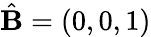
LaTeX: \hat{\mathbf{B}}=(0,0,1)